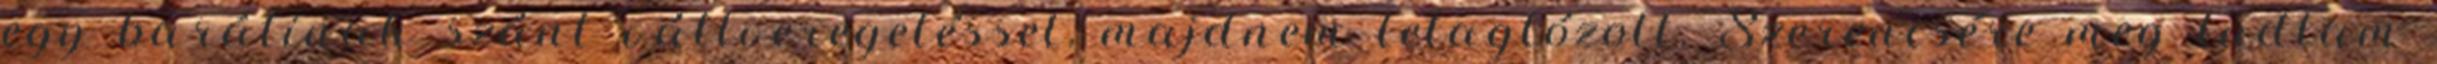
egy barátinak szánt vállveregetéssel, majdnem letaglózott. Szerencsére meg tudtam